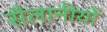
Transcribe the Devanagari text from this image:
सैलानीयों